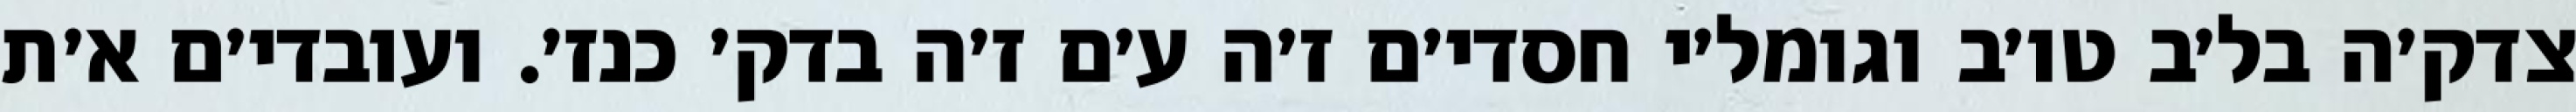
צדק׳ה בל׳ב טו׳ב וגומל׳י חסדי׳ם ז׳ה ע׳ם ז׳ה בדק׳ כנז׳. ועובדי׳ם א׳ת